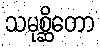
သမုစ္ဆိတော